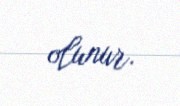
olunur.